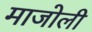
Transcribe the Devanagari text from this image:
माजोली